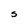
Character: S